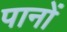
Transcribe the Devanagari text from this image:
पानों